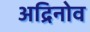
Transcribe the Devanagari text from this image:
अद्रिनोव